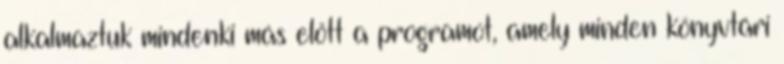
alkalmaztuk mindenki más előtt a programot, amely minden könyvtári